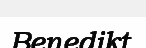
Benedikt